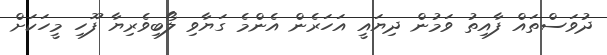
ދުވަސްތައް ފާއިތު ވަމުން ދިޔައީ އަހަރެން އެންމެ ގަޔާވި ލޯބިވެރިޔާ ފޫހި މީހަކަށް